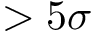
> 5 \sigma